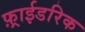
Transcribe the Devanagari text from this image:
फ़्राईडरिक